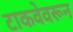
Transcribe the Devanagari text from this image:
टाकवेवरून